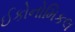
ઈકોનોમિકલ